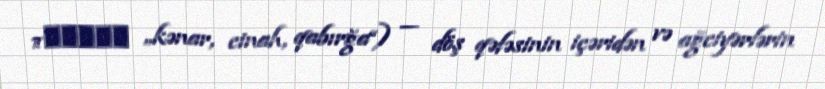
πλευρά „kənar, cinah, qabırğa“) — döş qəfəsinin içəridən və ağciyərlərin